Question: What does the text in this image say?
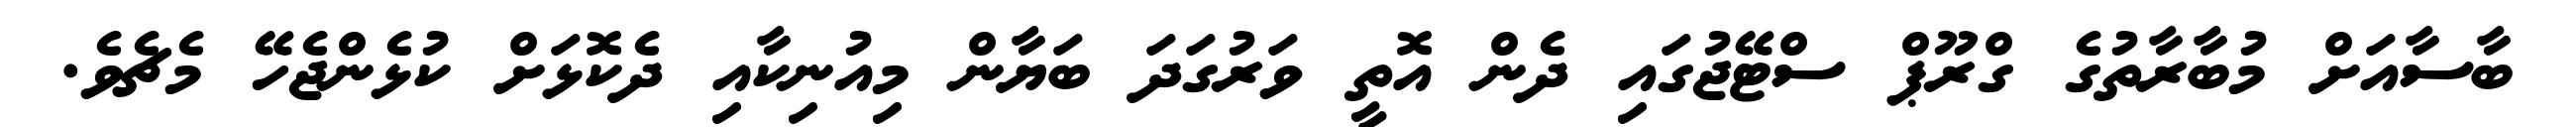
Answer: ބާސާއަށް މުބާރާތުގެ ގްރޫޕް ސްޓޭޖުގައި ދެން އޮތީ ވަރުގަދަ ބަޔާން މިއުނިކާއި ދެކޮޅަށް ކުޅެންޖެހޭ މެޗެވެ.